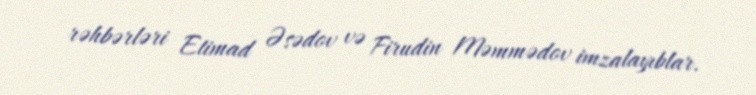
rəhbərləri Etimad Əsədov və Firudin Məmmədov imzalayıblar.